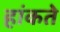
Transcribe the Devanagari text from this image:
हांकते